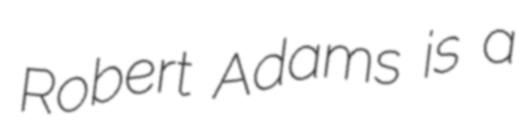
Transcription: Robert Adams is a